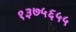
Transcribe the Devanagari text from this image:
१३७५६५५